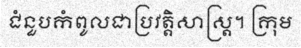
ជំនួបកំពូលជាប្រវត្តិសាស្ត្រ។ ក្រុម